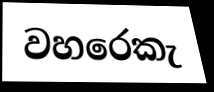
වහරෙකැ